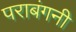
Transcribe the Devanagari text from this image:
पराबंगनी